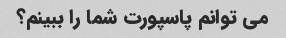
می توانم پاسپورت شما را ببینم؟